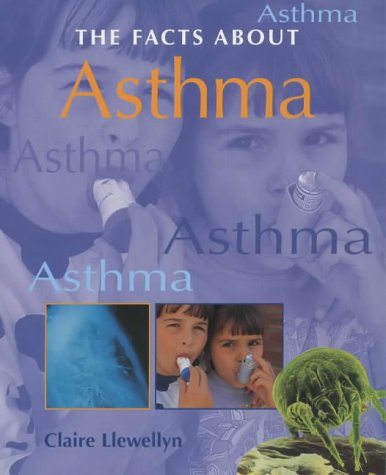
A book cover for Asthma (Facts About); Claire Llewellyn; Health, Fitness & Dieting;